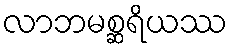
လာဘမစ္ဆရိယဿ